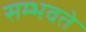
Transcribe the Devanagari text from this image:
सम्भवते